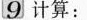
9计算：